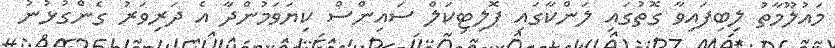
މައުލޫމާތު ލިބިފައިވާ ގޮތުގައި ލަންކާގައި ޕޮލިޓިކަލް ސައިންސް ކިޔަވަމުންދާ އެ ދަރިވަރު ގެންގުޅުނު